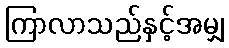
ကြာလာသည်နှင့်အမျှ